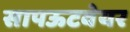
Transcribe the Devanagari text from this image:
सापऊटवेयर